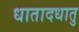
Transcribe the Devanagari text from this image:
धातादधातु